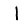
Digit: 1